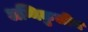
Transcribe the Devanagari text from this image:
अग्निकुलीय